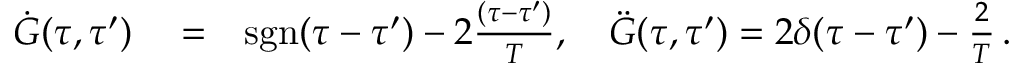
\begin{array} { r l r } { \dot { G } ( \tau , \tau ^ { \prime } ) } & { { } = } & { \mathrm { s g n } ( \tau - \tau ^ { \prime } ) - 2 \frac { ( \tau - \tau ^ { \prime } ) } { T } , \quad \ddot { G } ( \tau , \tau ^ { \prime } ) = 2 { \delta } ( \tau - \tau ^ { \prime } ) - \frac { 2 } { T } \, . } \end{array}